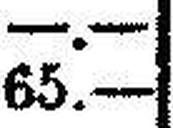
65.—